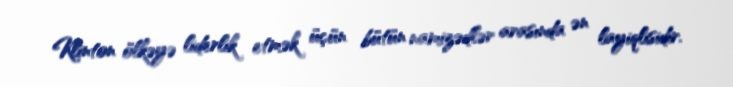
Klinton ölkəyə liderlik etmək üçün bütün namizədlər arasında ən layiqlisidir.